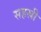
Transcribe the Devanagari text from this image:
सहस्री